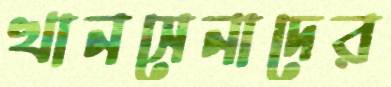
খানসেনাদের